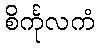
စိင်္ကုလကံ